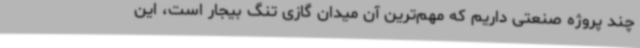
چند پروژه‌ صنعتی داریم که مهم‌ترین آن میدان گازی تنگ بیجار است، این